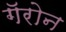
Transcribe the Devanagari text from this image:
गॅरोन